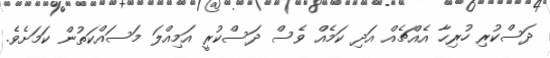
ދަސްކުރި ހުރިހާ އެއްޗެއް އަދި ކަމެއް ވެސް ދަސްކުރީ އަމިއްލަ މަސައްކަތުން ކަމަށެވެ.